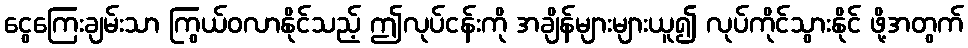
ငွေကြေးချမ်းသာ ကြွယ်ဝလာနိုင်သည့် ဤလုပ်ငန်းကို အချိန်များများယူ၍ လုပ်ကိုင်သွားနိုင် ဖို့အတွက်